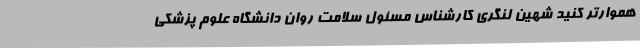
هموارتر کنید شهین لنگری کارشناس مسئول سلامت روان دانشگاه علوم پزشکی